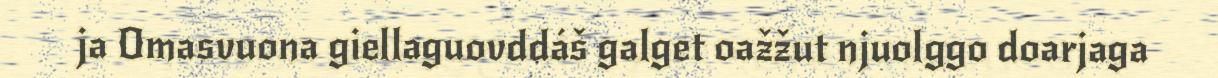
ja Omasvuona giellaguovddáš galget oažžut njuolggo doarjaga